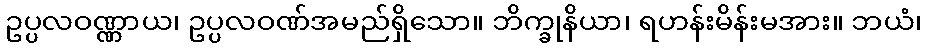
ဥပ္ပလဝဏ္ဏာယ၊ ဥပ္ပလဝဏ်အမည်ရှိသော။ ဘိက္ခုနိယာ၊ ရဟန်းမိန်းမအား။ ဘယံ၊